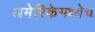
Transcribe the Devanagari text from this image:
अमेरिकेमध्येच